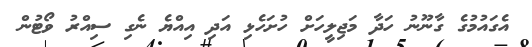
އެގައުމުގެ ގާނޫނު ހަދާ މަޖިލީހަށް ހުށަހެޅި އަދި އިއްޔެ ނެގި ސިއްރު ވޯޓުން